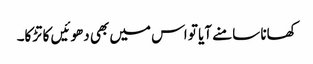
کھانا سامنے آیا تو اس میں بھی دھوئیں کا تڑکا۔